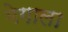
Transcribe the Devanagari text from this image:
मेगाला